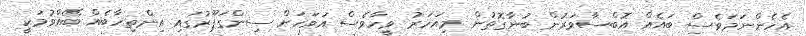
އެހެންނަމަވެސް ބައެއް އޮބްސާވަރުން ބުނާގޮތުން މިއަހަރު ވީހާވެސް އަވަހަށް ސިންގަޕޫރުގައި އިންތިހާބެއް ބޭއްވުމަކީ